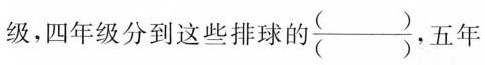
级，四年级分到这些排球自 $$\frac{()}{()}$$ ，五年